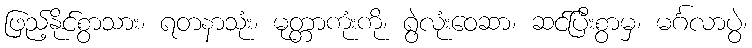
ဖြည့်နိုင်စွာသား၊ ရတနာသုံး၊ မုတ္တာကုံးကို၊ ရွဲလုံးဝေဆာ၊ ဆင်ပြီးစွာမှ၊ မင်္ဂလာပွဲ၊